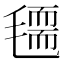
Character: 𣰃